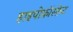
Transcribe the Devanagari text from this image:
हाइपोफ़ॉस्फ़ेट